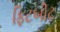
ફિટબીટ